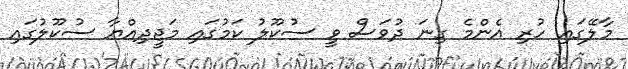
މާލޭގައި ހުރި އެންމެ ގިނަ ދުވަސް ވީ ސުކޫލު ކަމުގައި މަޖީދިއްޔާ ސުކޫލުގައި